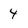
Character: 4